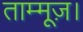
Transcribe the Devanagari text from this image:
ताम्मूज़।